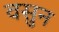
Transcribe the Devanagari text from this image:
वसुन